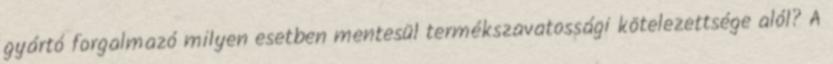
gyártó forgalmazó milyen esetben mentesül termékszavatossági kötelezettsége alól? A